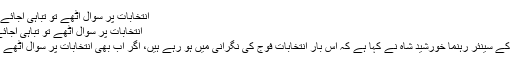
انتخابات پر سوال اٹھے تو تباہی آجائے گی، خورشید شاہ -
انتخابات پر سوال اٹھے تو تباہی آجائے گی، خورشید شاہ
سکھر: پیپلز پارٹی کے سینئر رہنما خورشید شاہ نے کہا ہے کہ اس بار انتخابات فوج کی نگرانی میں ہو رہے ہیں، اگر اب بھی انتخابات پر سوال اٹھے تو تباہی آجائے گی۔